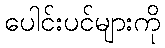
ပေါင်းပင်များကို